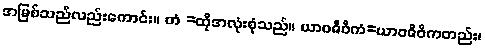
အမြစ်သည်လည်းကောင်း။ တံ =ထိုအလုံးစုံသည်။ ယာဝဇီဝိကံ=ယာဝဇီဝိကတည်း၊